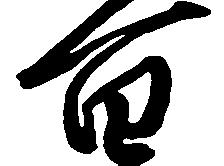
百